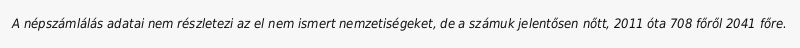
A népszámlálás adatai nem részletezi az el nem ismert nemzetiségeket, de a számuk jelentősen nőtt, 2011 óta 708 főről 2041 főre.